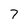
Character: 7